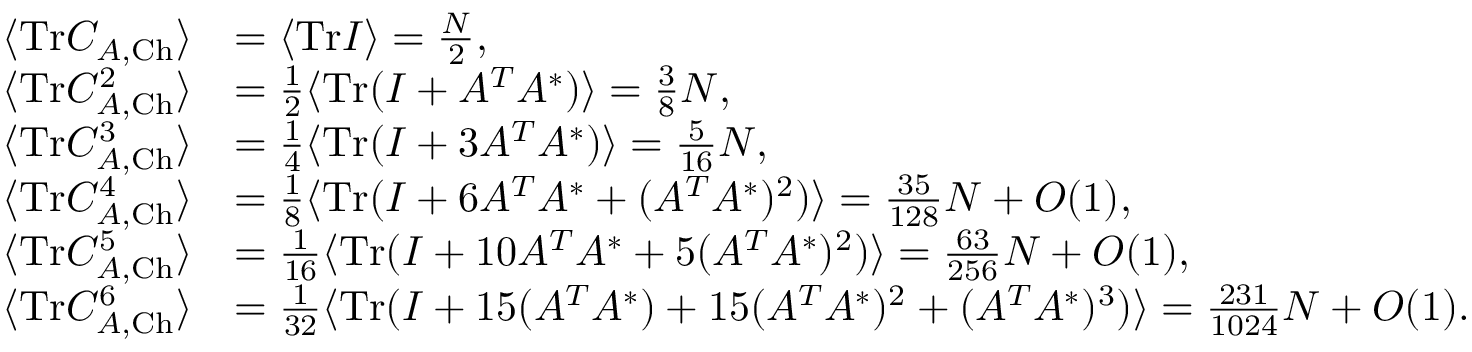
\begin{array} { r l } { \langle \mathrm { T r } C _ { A , \mathrm { C h } } \rangle } & { = \langle \mathrm { T r } I \rangle = \frac { N } { 2 } , } \\ { \langle \mathrm { T r } C _ { A , \mathrm { C h } } ^ { 2 } \rangle } & { = \frac { 1 } { 2 } \langle \mathrm { T r } ( I + A ^ { T } A ^ { * } ) \rangle = \frac { 3 } { 8 } N , } \\ { \langle \mathrm { T r } C _ { A , \mathrm { C h } } ^ { 3 } \rangle } & { = \frac { 1 } { 4 } \langle \mathrm { T r } ( I + 3 A ^ { T } A ^ { * } ) \rangle = \frac { 5 } { 1 6 } N , } \\ { \langle \mathrm { T r } C _ { A , \mathrm { C h } } ^ { 4 } \rangle } & { = \frac { 1 } { 8 } \langle \mathrm { T r } ( I + 6 A ^ { T } A ^ { * } + ( A ^ { T } A ^ { * } ) ^ { 2 } ) \rangle = \frac { 3 5 } { 1 2 8 } N + O ( 1 ) , } \\ { \langle \mathrm { T r } C _ { A , \mathrm { C h } } ^ { 5 } \rangle } & { = \frac { 1 } { 1 6 } \langle \mathrm { T r } ( I + 1 0 A ^ { T } A ^ { * } + 5 ( A ^ { T } A ^ { * } ) ^ { 2 } ) \rangle = \frac { 6 3 } { 2 5 6 } N + O ( 1 ) , } \\ { \langle \mathrm { T r } C _ { A , \mathrm { C h } } ^ { 6 } \rangle } & { = \frac { 1 } { 3 2 } \langle \mathrm { T r } ( I + 1 5 ( A ^ { T } A ^ { * } ) + 1 5 ( A ^ { T } A ^ { * } ) ^ { 2 } + ( A ^ { T } A ^ { * } ) ^ { 3 } ) \rangle = \frac { 2 3 1 } { 1 0 2 4 } N + O ( 1 ) . } \end{array}